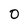
Character: 0